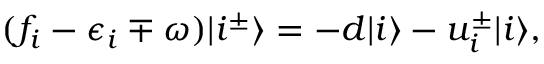
\begin{array} { r } { ( f _ { i } - \epsilon _ { i } \mp \omega ) | i ^ { \pm } \rangle = - d | i \rangle - u _ { i } ^ { \pm } | i \rangle , } \end{array}